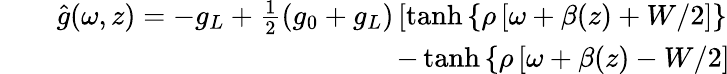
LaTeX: \begin{array}{rlr}&{}&{\hat{g}(\omega,z)=-g_{L}+\frac{1}{2}\left(g_{0}+g_{L}\right)\left[\operatorname{tanh}\left\lbrace\rho\left[\omega+\beta(z)+W/2\right]\right\rbrace\right.}\\ &{}&{\left.-\operatorname{tanh}\left\lbrace\rho\left[\omega+\beta(z)-W/2\right]\right\rbrace\right],\! \! \! \! \! \! \! }\end{array}